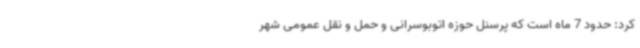
کرد: حدود 7 ماه است که پرسنل حوزه اتوبوسرانی و حمل و نقل عمومی شهر